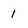
Character: 1